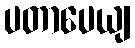
ပတာပေယျ